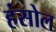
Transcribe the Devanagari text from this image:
हंसोल